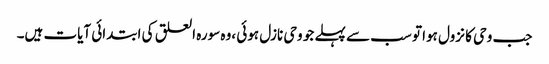
جب وحی کا نزول ہوا تو سب سے پہلے جو وحی نازل ہوئی ،وہ سورہ العلق کی ابتدائی آیات ہیں۔